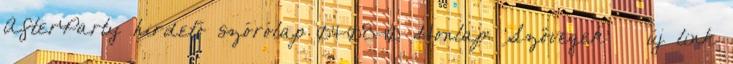
AfterParty hirdető szórólap 04-08-10 Honlap: 'Szövegek' » új link